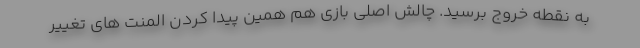
به نقطه خروج برسید. چالش اصلی بازی هم همین پیدا کردن المنت های تغییر